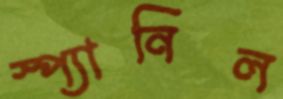
স্প্যানিল